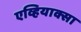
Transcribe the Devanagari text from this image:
एव्हियाक्सा